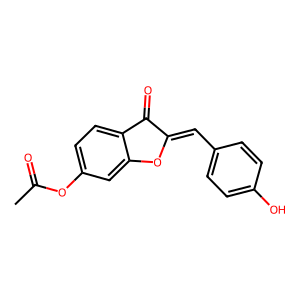
SMILES: CC(=O)Oc1ccc2c(c1)OC(=Cc1ccc(O)cc1)C2=O
Inhibits HIV replication: No